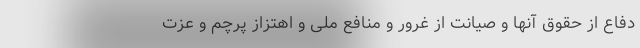
دفاع از حقوق آنها و صیانت از غرور و منافع ملی و اهتزاز پرچم و عزت